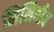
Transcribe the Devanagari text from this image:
मिनिवीव